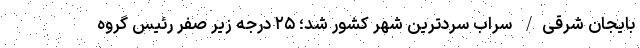
بایجان شرقی/ سراب سردترین شهر کشور شد؛ ۲۵ درجه زیر صفر رئیس گروه